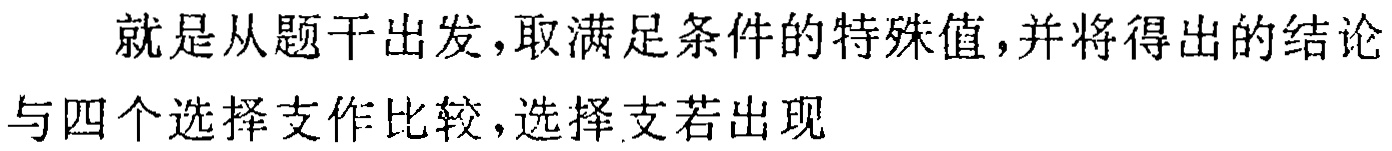
就是从题干出发，取满足条件的特殊值，并将得出的结论与四个选择支作比较,选择支若出现